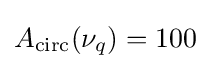
A_{\text{circ}}(\nu _{q})=100